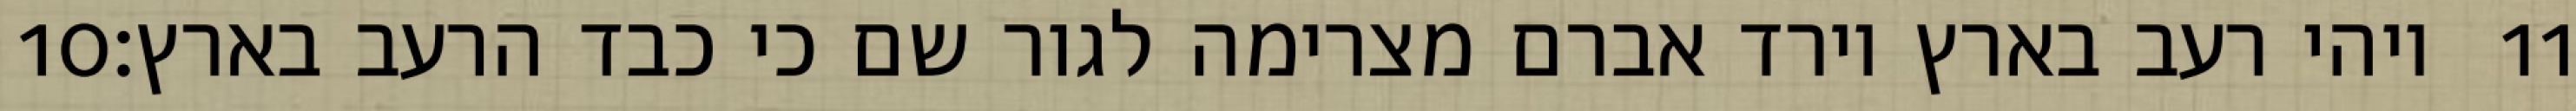
‎10‏ ויהי רעב בארץ וירד אברם מצרימה לגור שם כי כבד הרעב בארץ׃ ‎11‏